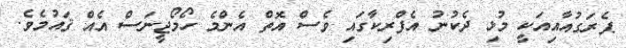
ޕެރަގުއާއިއަކީ މުޅި ދެކުނު އެފްރިކާގައި ވެސް އޮތް އެންމެ ހޯމޯޖީނަސް އެއް ޤައުމެވެ.